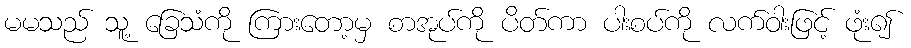
မမသည် သူ့ ခြေသံကို ကြားတော့မှ စာအုပ်ကို ပိတ်ကာ ပါးစပ်ကို လက်ဝါးဖြင့် ဖုံး၍